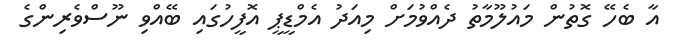
އާ ބެހޭ ގޮތުން މައުލޫމާތު ދެއްވުމަށް މިއަދު އެމްޑީޕީ އޮފީހުގައި ބޭއްވި ނޫސްވެރިންގެ